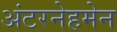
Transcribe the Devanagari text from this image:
अंटरनेहमेन